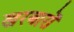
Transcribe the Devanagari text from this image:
खरबारों